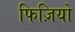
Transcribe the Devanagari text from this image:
फिज़ियो